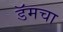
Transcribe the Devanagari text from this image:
डॅमचा